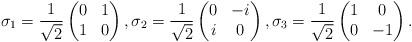
LaTeX: \begin{align*} \sigma_{1} = \frac{1}{\sqrt{2}} \begin{pmatrix} 0 & 1 \\ 1 & 0 \end{pmatrix}, \sigma_{2} = \frac{1}{\sqrt{2}} \begin{pmatrix} 0 & -i \\ i & 0 \end{pmatrix}, \sigma_{3} = \frac{1}{\sqrt{2}} \begin{pmatrix} 1 & 0 \\ 0 & -1 \end{pmatrix}. \end{align*}